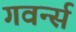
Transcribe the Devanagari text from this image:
गवर्न्स